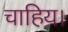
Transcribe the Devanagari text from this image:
चाहिय।